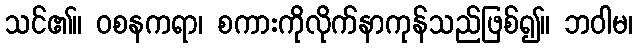
သင်၏။ ဝစနကရာ၊ စကားကိုလိုက်နာကုန်သည်ဖြစ်၍။ ဘဝါမ၊